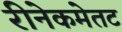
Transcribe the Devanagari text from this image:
रीनेकमेतट